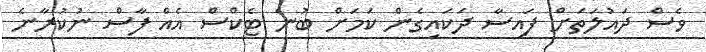
ވެސް ދައުލަތަށް ފައިސާ ދަކައިގެން ކަމަށް ބުނެ ޓެކްސް އެއް ފާސް ނުކުރާނެ